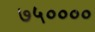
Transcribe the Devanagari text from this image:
७५००००